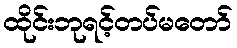
ထိုင်းဘုရင့်တပ်မတော်